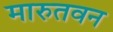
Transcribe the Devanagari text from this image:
मारुतवन